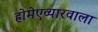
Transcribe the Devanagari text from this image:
होमेएव्‍यारवाला